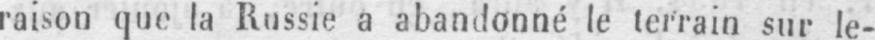
raison que la Russie a abandonné le terrain sur le-